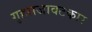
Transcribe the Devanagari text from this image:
गृहसजावटकार